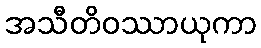
အသီတိဝဿာယုကာ